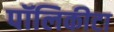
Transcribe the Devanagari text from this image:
पॉलिकीटा